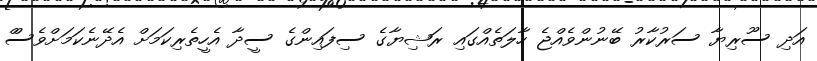
އަދި ސޫރިޔާ ސަރުކާރު ބޭނުންވެއްޖެ ހާލަތެއްގައި ރަޝިޔާގެ ސިފައިންގެ ސީދާ އެހީތެރިކަމަށް އެދޭނެކަމަށްވެސްް